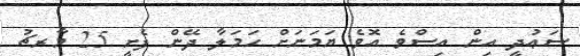
ސަޢުދީ އިން އިސްވެ އޮވެ ޔަމަނަށް ހަމަލާ ދޭން ފެށީ 25 މާރޗު